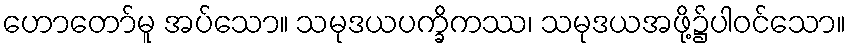
ဟောတော်မူ အပ်သော။ သမုဒယပက္ခိကဿ၊ သမုဒယအဖို့၌ပါဝင်သော။